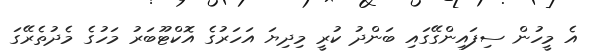
އެ މީހުން ސިފައިންގޭގައި ބަންދު ކުރީ މިދިޔަ އަހަރުގެ އޮކްޓޫބަރު މަހުގެ މެދުތެރޭގަ